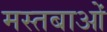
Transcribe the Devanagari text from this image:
मस्तबाओं